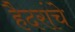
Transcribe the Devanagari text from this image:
हैदरांचे